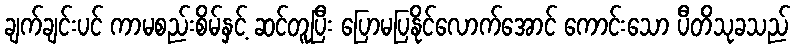
ချက်ချင်းပင် ကာမစည်းစိမ်နှင့် ဆင်တူပြီး ပြောမပြနိုင်လောက်အောင် ကောင်းသော ပီတိသုခသည်